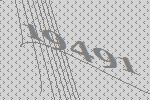
19491